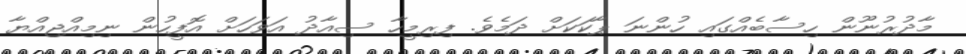
މާދުރުނޫން ހިސާބެއްގައި ހުންނަ ޕާކަކަށް ދަމެވެ. ފިރިމީހާ ސިއާދު އަވަހަށް އޮފީހުން ނިމިއްޖިއްޔާ